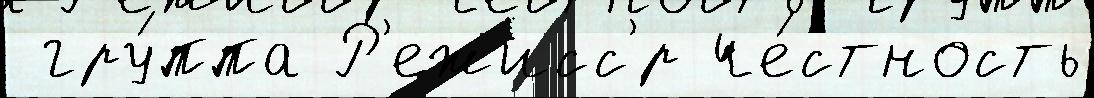
 гру́ппа Р'ежисс'́р че́стность